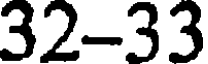
32-33